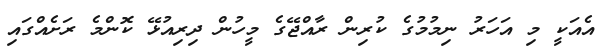
އެއަކީ މި އަހަރު ނިމުމުގެ ކުރިން ރާއްޖޭގެ މީހުން ދިރިއުޅޭ ކޮންމެ ރަށެއްގައި